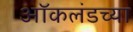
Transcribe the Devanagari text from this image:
ऑकलंडच्या